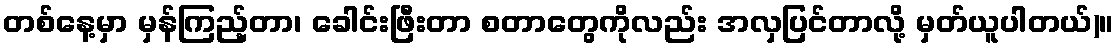
တစ်နေ့မှာ မှန်ကြည့်တာ၊ ခေါင်းဖြီးတာ စတာတွေကိုလည်း အလှပြင်တာလို့ မှတ်ယူပါတယ်)။